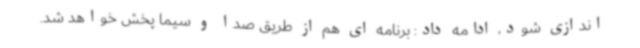
اندازی شود، ادامه داد: برنامه ای هم از طریق صدا و سیما پخش خواهد شد.